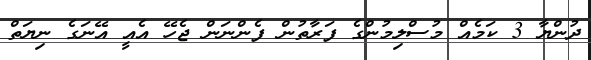
ދުންޔާ 3 ކަމެއް މުސްލިމުންގެ ފަރާތުން ފެންނަން ޖެހޭ އެއީ އޭނަގެ ނިޔަތް